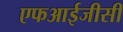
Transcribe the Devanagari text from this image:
एफआईजीसी